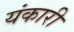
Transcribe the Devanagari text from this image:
यंकारी